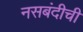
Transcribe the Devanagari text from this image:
नसबंदीची